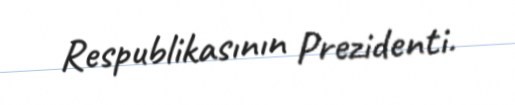
Respublikasının Prezidenti.